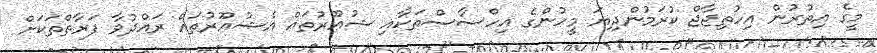
މީގެ އިތުރުން އިހުތިޖާޖް ކުރަމުންދިޔަ މީހުންގެ އިހްސާސްތަކާއި ޝުޢޫރުތައް އެޝުޢޫރުތައް ރައްދުވާ ފަރާތްތަކަށް